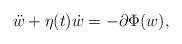
LaTeX: \begin{align*}\ddot{w}+ \eta(t)\dot{w}=-\partial \Phi(w),\end{align*}